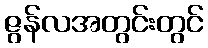
ဇွန်လအတွင်းတွင်